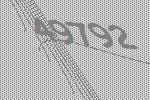
49792